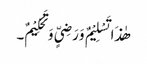
ھٰذَا تَسْلِیْمٌ وَرَضِیٍّ وَتَحْکِیْمٌ۔